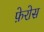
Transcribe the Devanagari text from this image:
फ़ेरोस